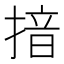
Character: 揞